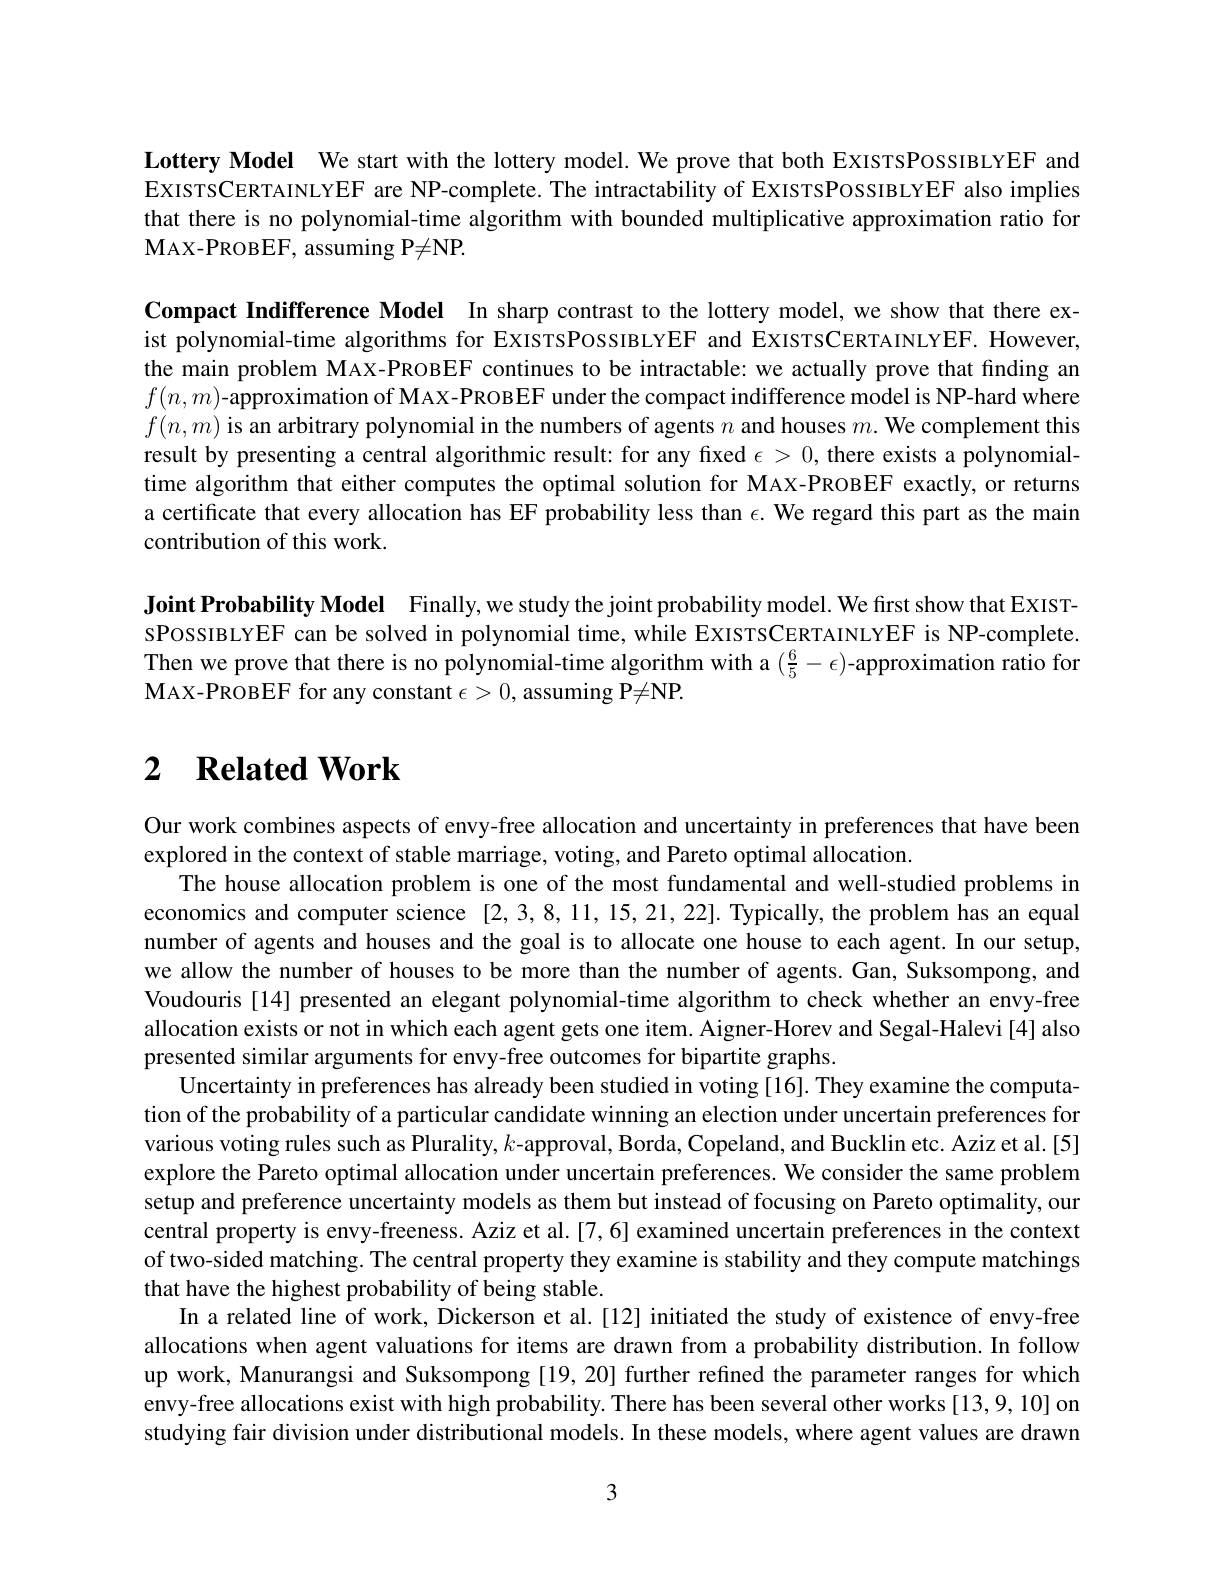
Lottery Model We start with the lottery model. We prove that both ExısTsPossıвırEF and EXISTSCERTAINLYEF are NP-complete. The intractability of ExIsTSPOSSIBLYEF also implies that there is no polynomial-time algorithm with bounded multiplicative approximation ratio for $\mathbf{M}$AX-PROBEF, assuming P$\neq\mathbf{NP}.$

Compact Indifference Model In sharp contrast to the lottery model, we show that there exist polynomial-time algorithms for ExısтsPossıвLYEF and EXIsTSCERTAINLYEF. However, the main problem MAX-PROBEF continues to be intractable: we actually prove that finding an $f(n,m)$-approximation of MAX-PROBEF under the compact indifference model is NP-hard where $f(n,m)$ is an arbitrary polynomial in the numbers of agents $n$ and houses $m.$ We complement this result by presenting a central algorithmic result: for any fixed $\epsilon>0$, there exists a polynomialtime algorithm that either computes the optimal solution for MAX-PROBEF exactly, or returns a certificate that every allocation has EF probability less than $\epsilon.$ We regard this part as the main contribution of this work.

Joint Probability Model Finally,we study the joint probability model. We first show that EXISTsPossIBLYEF can be solved in polynomial time, while EXISTSCERTAINLYEF is NP-complete Then we prove that there is no polynomial-time algorithm with a $(\frac65-\epsilon)$-approximation ratio for $\mathbf{M}$AX-PROBEF for any constant $\epsilon>0$, assuming P$\neq$NP.

# $\begin{array}{cc}2&\textbf{Related Work}\end{array}$

Our work combines aspects of envy-free allocation and uncertainty in preferences that have been
explored in the context of stable marriage, voting, and Pareto optimal allocation.
The house allocation problem is one of the most fundamental and well-studied problems in economics and computer science [2,3,8,11,15,21,22]. Typically,the problem has an equal number of agents and houses and the goal is to allocate one house to each agent. In our setup, we allow the number of houses to be more than the number of agents. Gan, Suksompong, and Voudouris [14] presented an elegant polynomial-time algorithm to check whether an envy-free allocation exists or not in which each agent gets one item. Aigner-Horev and Segal-Halevi[4] also presented similar arguments for envy-free outcomes for bipartite graphs.
Uncertainty in preferences has already been studied in voting [16]. They examine the computation of the probability of a particular candidate winning an election under uncertain preferences for various voting rules such as Plurality, $k$ -approval, Borda, Copeland, and Bucklin etc. Aziz et al.[5] explore the Pareto optimal allocation under uncertain preferences. We consider the same problem setup and preference uncertainty models as them but instead of focusing on Pareto optimality, our central property is envy-freeness. Aziz et al.[7,6] examined uncertain preferences in the context of two-sided matching. The central property they examine is stability and they compute matchings that have the highest probability of being stable.
In a related line of work, Dickerson et al.[12] initiated the study of existence of envy-free allocations when agent valuations for items are drawn from a probability distribution. In follow up work, Manurangsi and Suksompong [19, 20] further refined the parameter ranges for which envy-free allocations exist with high probability. There has been several other works [13,9,10] on studying fair division under distributional models. In these models, where agent values are drawn

3